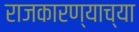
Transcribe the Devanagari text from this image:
राजकारण्याच्या